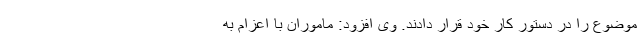
موضوع را در دستور کار خود قرار دادند. وی افزود: ماموران با اعزام به